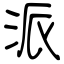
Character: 派